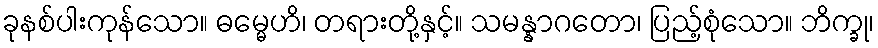
ခုနစ်ပါးကုန်သော။ ဓမ္မေဟိ၊ တရားတို့နှင့်။ သမန္နာဂတော၊ ပြည့်စုံသော။ ဘိက္ခု၊